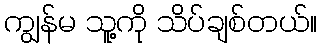
ကျွန်မ သူ့ကို သိပ်ချစ်တယ်။